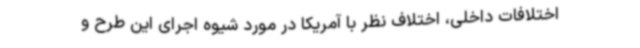
اختلافات داخلی، اختلاف نظر با آمریکا در مورد شیوه اجرای این طرح و